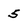
Character: 5